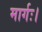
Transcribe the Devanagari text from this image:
मार्गः।